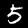
Label: 5